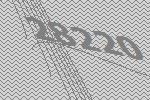
28220